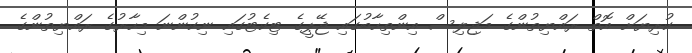
ކުރިޔަށް އޮތް ރައްޔިތުންގެ މަޖިލިސް އިންތިހާބުގައި ޖޭޕީގެ ޓިކެޓުގައި ނިކުންނަ މިހާރުގެ ރައްޔިތުންގެ